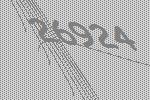
26924